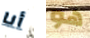
أنا هو